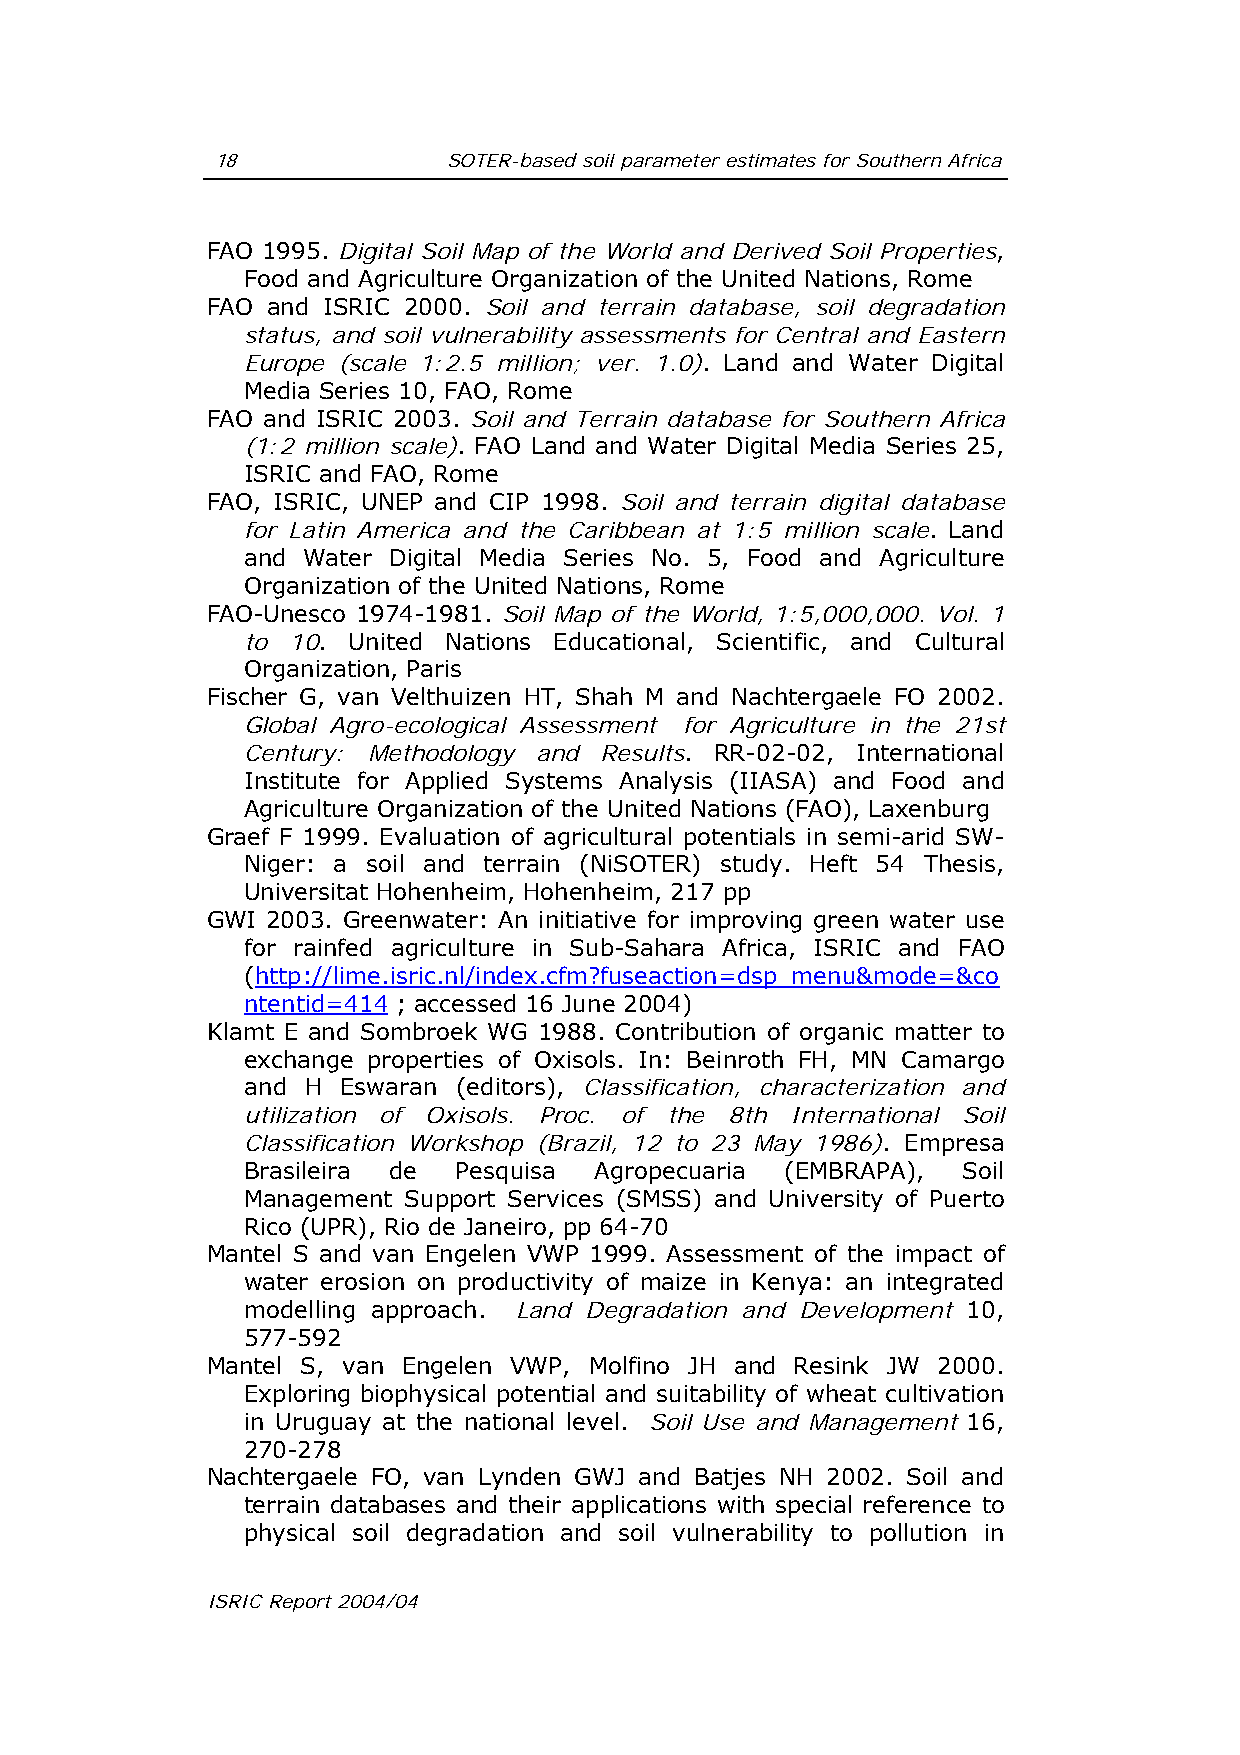
18              SOTER-based soil parameter estimates for Southern Africa
 FAO 1995. Digital Soil Map of the World and Derived Soil Properties,
 Food and Agriculture Organization of the United Nations, Rome
 FAO and ISRIC 2000. Soil and terrain database, soil degradation
 status, and soil vulnerability assessments for Central and Eastern
 Europe (scale 1:2.5 million; ver. 1.0). Land and Water Digital
 Media Series 10, FAO, Rome
 FAO and ISRIC 2003. Soil and Terrain database for Southern Africa
 (1:2 million scale). FAO Land and Water Digital Media Series 25,
 ISRIC and FAO, Rome
 FAO, ISRIC, UNEP and CIP 1998. Soil and terrain digital database
 for Latin America and the Caribbean at 1:5 million scale. Land
 and Water Digital Media Series No. 5, Food and Agriculture
 Organization of the United Nations, Rome
 FAO-Unesco 1974-1981. Soil Map of the World, 1:5,000,000. Vol. 1
 to 10. United Nations Educational, Scientific, and Cultural
 Organization, Paris
 Fischer G, van Velthuizen HT, Shah M and Nachtergaele FO 2002.
 Global Agro-ecological Assessment for Agriculture in the 21st
 Century: Methodology and Results. RR-02-02, International
 Institute for Applied Systems Analysis (IIASA) and Food and
 Agriculture Organization of the United Nations (FAO), Laxenburg
 Graef F 1999. Evaluation of agricultural potentials in semi-arid SW-
 Niger: a soil and terrain (NiSOTER) study. Heft 54 Thesis,
 Universitat Hohenheim, Hohenheim, 217 pp
 GWI 2003. Greenwater: An initiative for improving green water use
 for rainfed agriculture in Sub-Sahara Africa, ISRIC and FAO
 (http://lime.isric.nl/index.cfm?fuseaction=dsp_menu&mode=&co
 ntentid=414 ; accessed 16 June 2004)
 Klamt E and Sombroek WG 1988. Contribution of organic matter to
 exchange properties of Oxisols. In: Beinroth FH, MN Camargo
 and H  Eswaran (editors), Classification, characterization and
 utilization of Oxisols. Proc. of the 8th International Soil
 Classification Workshop (Brazil, 12 to 23 May 1986). Empresa
 Brasileira de Pesquisa Agropecuaria (EMBRAPA),  Soil
 Management Support Services (SMSS) and University of Puerto
 Rico (UPR), Rio de Janeiro, pp 64-70
 Mantel S and van Engelen VWP 1999. Assessment of the impact of
 water erosion on productivity of maize in Kenya: an integrated
 modelling approach. Land Degradation and Development 10,
 577-592
 Mantel S, van Engelen VWP, Molfino JH and Resink JW 2000.
 Exploring biophysical potential and suitability of wheat cultivation
 in Uruguay at the national level. Soil Use and Management 16,
 270-278
 Nachtergaele FO, van Lynden GWJ and Batjes NH 2002. Soil and
 terrain databases and their applications with special reference to
 physical soil degradation and soil vulnerability to pollution in
 ISRIC Report 2004/04